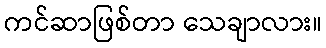
ကင်ဆာဖြစ်တာ သေချာလား။